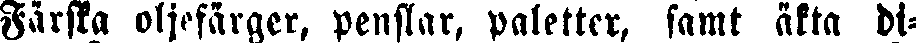
Färska oljefärger, penslar, paletter, samt äkta di-